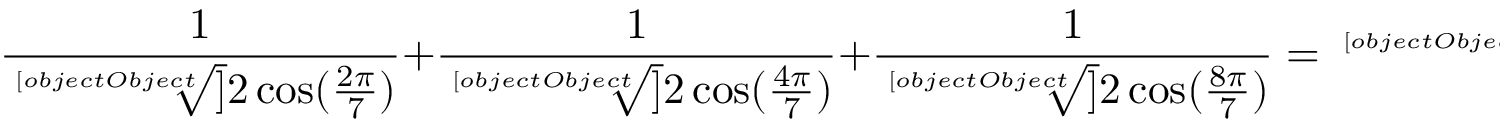
{ \frac { 1 } { \sqrt [ [object Object] ] { 2 \cos ( { \frac { 2 \pi } { 7 } } ) } } } + { \frac { 1 } { \sqrt [ [object Object] ] { 2 \cos ( { \frac { 4 \pi } { 7 } } ) } } } + { \frac { 1 } { \sqrt [ [object Object] ] { 2 \cos ( { \frac { 8 \pi } { 7 } } ) } } } = { \sqrt [ [object Object] ] { 4 - 3 { \sqrt [ [object Object] ] { 7 } } } }